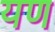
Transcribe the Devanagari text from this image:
यण